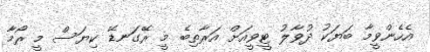
އެހެންވީމާ ބަޔަކު ދުވާލު ޓީވީއަށް އަރާތިބެ މީ ރޭގަނޑޭ ކިޔަސް މީ ރޯމާ